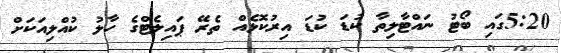
5:20ގައި ބޯޓު ނައްޓާލިތާ ކުޑަ ކުޑަ އިރުކޮޅެއް ތެރޭ ޕައިލެޓްގެ ހާލު ކުއްލިއަކަށް